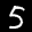
Label: 5